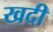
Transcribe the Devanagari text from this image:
खदी